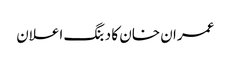
عمران خان کا دبنگ اعلان